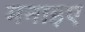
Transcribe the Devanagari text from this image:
मनाइए